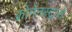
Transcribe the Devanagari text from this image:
क्रोनेनस्ट्रासे